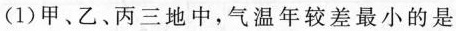
(1)甲、乙、丙三地中，气温年较差最小的是